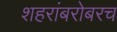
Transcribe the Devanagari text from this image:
शहरांबरोबरच